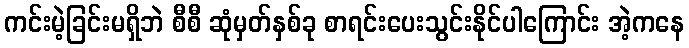
ကင်းမဲ့ခြင်းမရှိဘဲ စီစီ ဆုံမှတ်နှစ်ခု စာရင်းပေးသွင်းနိုင်ပါကြောင်း အဲ့ကနေ